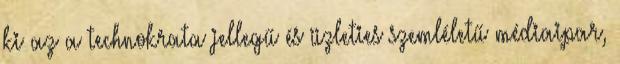
ki az a technokrata jellegű és üzleties szemléletű médiaipar,